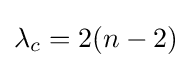
\lambda _{c}=2(n-2)